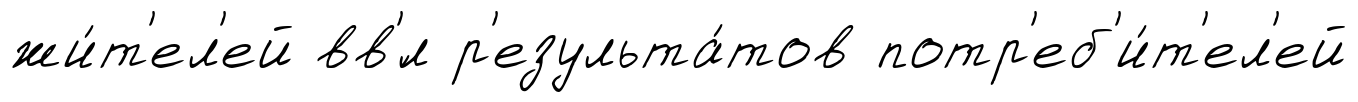
жи́т'ел'ей вв'́л р'езульта́тов потр'еб'и́т'ел'ей